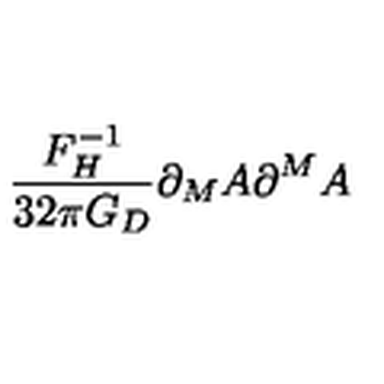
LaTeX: \frac { F _ { H } ^ { - 1 } } { 3 2 \pi G _ { D } } \partial _ { M } A \partial ^ { M } A